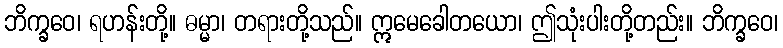
ဘိက္ခဝေ၊ ရဟန်းတို့။ ဓမ္မာ၊ တရားတို့သည်။ ဣမေခေါတယော၊ ဤသုံးပါးတို့တည်း။ ဘိက္ခဝေ၊